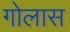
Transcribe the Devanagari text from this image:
गोलास